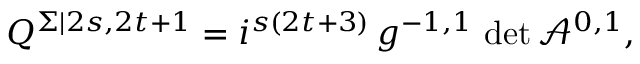
Q ^ { \Sigma | 2 s , 2 t + 1 } = i ^ { s ( 2 t + 3 ) } \, g ^ { - 1 , 1 } \, \operatorname * { d e t } \mathcal { A } ^ { 0 , 1 } ,